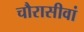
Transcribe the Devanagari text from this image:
चौरासीवां